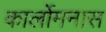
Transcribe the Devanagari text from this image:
कार्लोमनास